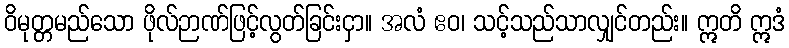
ဝိမုတ္တမည်သော ဖိုလ်ဉာဏ်ဖြင့်လွတ်ခြင်းငှာ။ အလံ ဧဝ၊ သင့်သည်သာလျှင်တည်း။ ဣတိ ဣဒံ